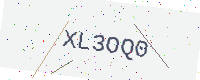
Text: XL3OQ0